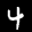
Label: 4